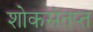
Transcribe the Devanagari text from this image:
शोकसंतप्त